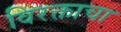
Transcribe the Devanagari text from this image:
विरक्ताचा